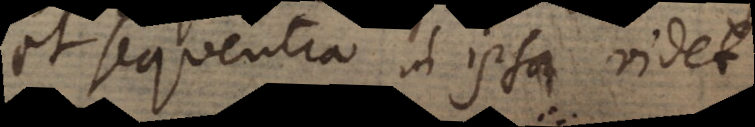
et sequentia in ipsa videt